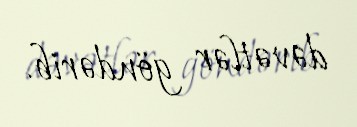
dəvətlər göndərib.